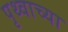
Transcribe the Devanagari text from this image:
पृथ्वाच्या